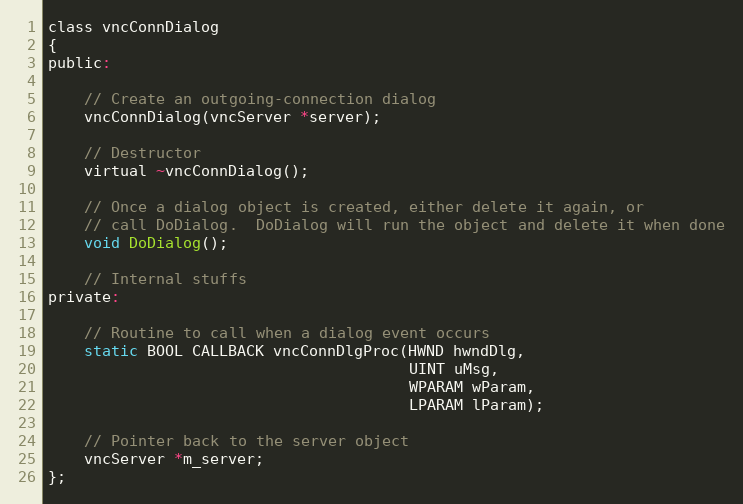
Language: C
class vncConnDialog
{
public:

	// Create an outgoing-connection dialog
	vncConnDialog(vncServer *server);

	// Destructor
	virtual ~vncConnDialog();

	// Once a dialog object is created, either delete it again, or
	// call DoDialog.  DoDialog will run the object and delete it when done
	void DoDialog();

	// Internal stuffs
private:

	// Routine to call when a dialog event occurs
	static BOOL CALLBACK vncConnDlgProc(HWND hwndDlg,
										UINT uMsg,
										WPARAM wParam,
										LPARAM lParam);

	// Pointer back to the server object
	vncServer *m_server;
};